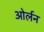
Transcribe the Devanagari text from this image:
ओर्लन